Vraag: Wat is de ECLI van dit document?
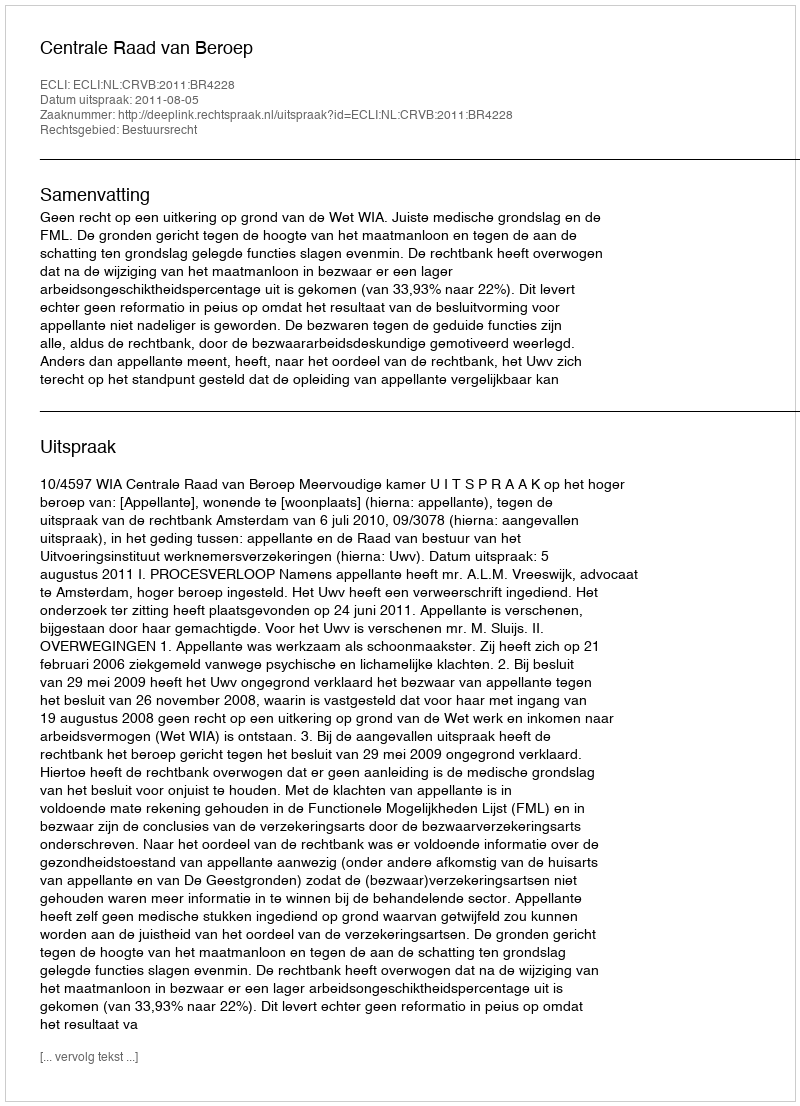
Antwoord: ECLI:NL:CRVB:2011:BR4228